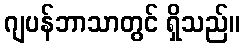
ဂျပန်ဘာသာတွင် ရှိသည်။